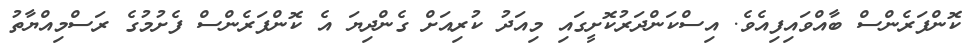
ކޮންފަރެންސް ބާއްވައިފިއެވެ. އިސްކަންދަރުކޮށީގައި މިއަދު ކުރިއަށް ގެންދިޔަ އެ ކޮންފަރެންސް ފެށުމުގެ ރަސްމިއްޔާތު